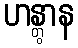
ဟန္တွာန